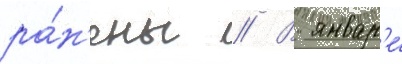
ра́н'ены // В январ'е́